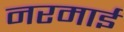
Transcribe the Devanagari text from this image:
नरमाई